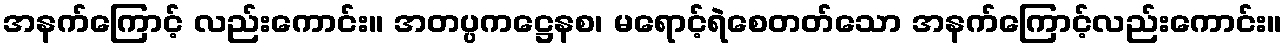
အနက်ကြောင့် လည်းကောင်း။ အတပ္ပကဋ္ဌေနစ၊ မရောင့်ရဲစေတတ်သော အနက်ကြောင့်လည်းကောင်း။